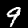
Digit: 9